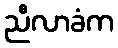
ညီလာခံက